Annual report on the Civil Veterinary Department, Burma (including the Insein Veterinary School) - 1932-1941
Year: 1932
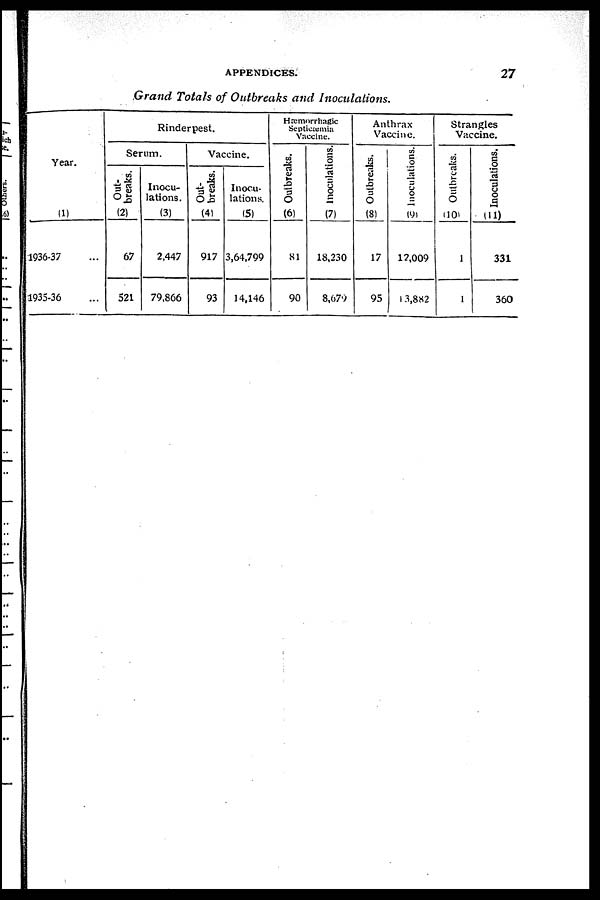
APPENDICES.
27
Grand Totals of Outbreaks and Inoculations.
Year.
(1)
1936-37 ...
1935-36 ...
Rinderpest.
Serum.
Out-
breaks.
(2)
67
521
Inocu-
lations.
(3)
2,447
79,866
Vaccine.
Out-
breaks.
(4)
917
93
Inocu-
lations.
(5)
3,64,799
14,146
Hæmorrhagic
Septicæmia
Vaccine.
Outbreaks.
(6)
81
90
Inoculations.
(7)
18,230
8,679
Anthrax
Vaccine.
Outbreaks.
(8)
17
95
Inoculations.
(9)
17,009
13,882
Strangles
Vaccine.
Outbreaks.
(10)
1
1
Inoculations.
(11)
331
360